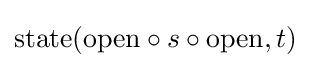
\mathrm {state} (\mathrm {open} \circ s\circ \mathrm {open} ,t)